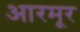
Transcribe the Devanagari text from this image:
आरमूर